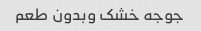
جوجه خشک وبدون طعم